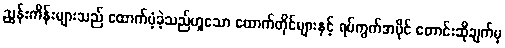
ညွှန်းကိန်းများသည် ထောက်ပံ့ခဲ့သည်ဟူသော ထောက်တိုင်များနှင့် ရပ်ကွက်အပိုင် တောင်းဆိုချက်မှ